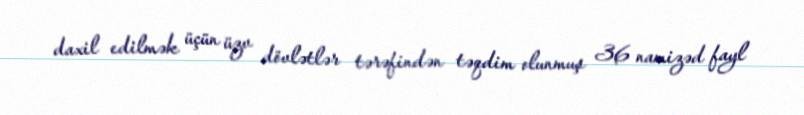
daxil edilmək üçün üzv dövlətlər tərəfindən təqdim olunmuş 36 namizəd fayl